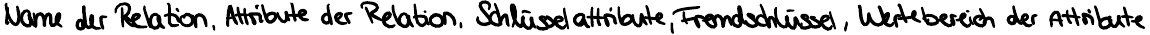
Name der Relation, Attribute der Relation, Schlüsselattribute, Fremdschlüssel, Wertebereich der Attribute